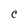
Character: C